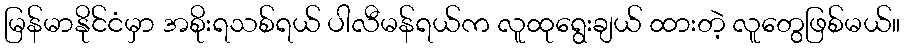
မြန်မာနိုင်ငံမှာ အစိုးရသစ်ရယ် ပါလီမန်ရယ်က လူထုရွေးချယ် ထားတဲ့ လူတွေဖြစ်မယ်။